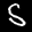
Label: 5